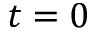
t = 0